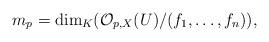
LaTeX: \begin{align*}m_p=\dim_{K} (\mathcal{O}_{p,X}(U)/(f_1,\ldots,f_n)),\end{align*}